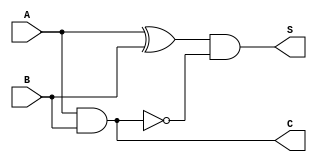
module threshold_half_adder (
    input wire A,      // First binary input
    input wire B,      // Second binary input
    output wire S,     // Sum output
    output wire C      // Carry output
);

// Sum is A XOR B, but resets to 0 when both A and B are 1
assign S = (A ^ B) & ~(A & B);  

// Carry is A AND B
assign C = A & B;

endmodule